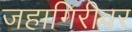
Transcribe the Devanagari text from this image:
जहागिरीवर